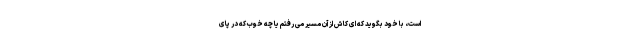
است، با خود بگوید که ای کاش از آن مسیر می رفتم یا چه خوب که در پای